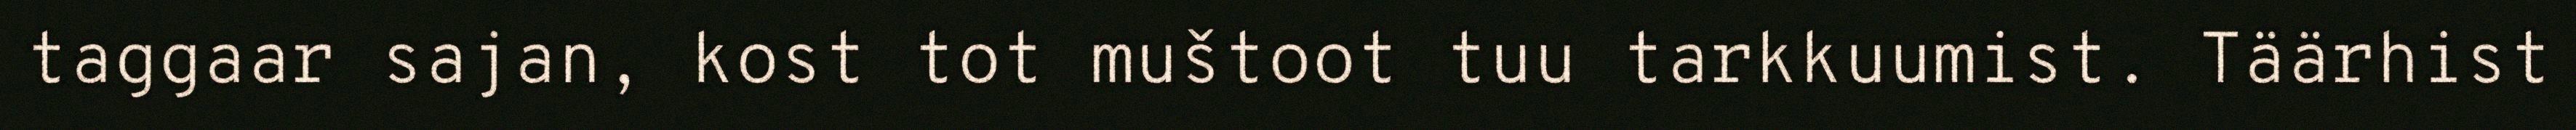
taggaar sajan, kost tot muštoot tuu tarkkuumist. Täärhist